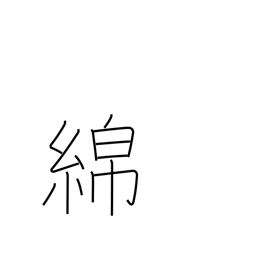
Meaning: cotton